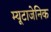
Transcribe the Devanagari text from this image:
म्यूटाजेनिक